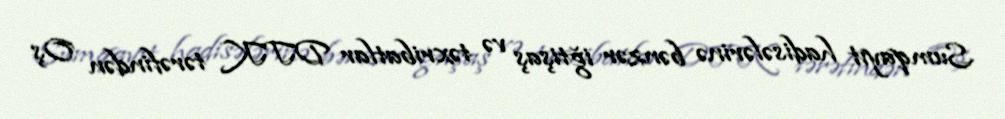
Sumqayıt hadisələrinə bənzər iğtişaş və təxribatlar DTK tərəfindən Oş